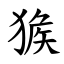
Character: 㺅